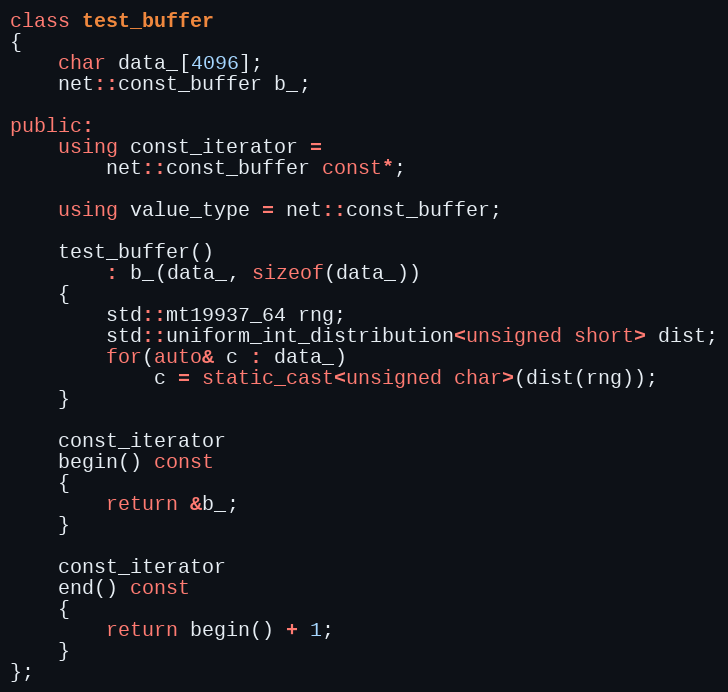
Language: C++
class test_buffer
{
    char data_[4096];
    net::const_buffer b_;

public:
    using const_iterator =
        net::const_buffer const*;

    using value_type = net::const_buffer;

    test_buffer()
        : b_(data_, sizeof(data_))
    {
        std::mt19937_64 rng;
        std::uniform_int_distribution<unsigned short> dist;
        for(auto& c : data_)
            c = static_cast<unsigned char>(dist(rng));
    }

    const_iterator
    begin() const
    {
        return &b_;
    }

    const_iterator
    end() const
    {
        return begin() + 1;
    }
};